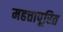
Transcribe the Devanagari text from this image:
महत्तापूरित